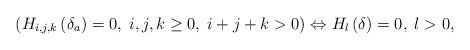
LaTeX: \begin{align*}\left( H_{i,j,k}\left( \delta _{a}\right) =0,\;i,j,k\geq 0,\;i+j+k>0\right)\Leftrightarrow H_{l}\left( \delta \right) =0,\;l>0, \end{align*}